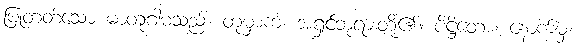
ပြုတတ်သော မာတုဂါမသည်။ တုမှာကံ၊ အရှင်ဘုရားတို့၏။ ပိဋ္ဌိတော၊ နောက်မှ။